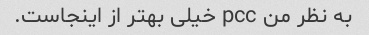
به نظر من pcc خیلی بهتر از اینجاست.